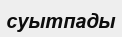
суытпады